Indian Civil Veterinary Department memoirs
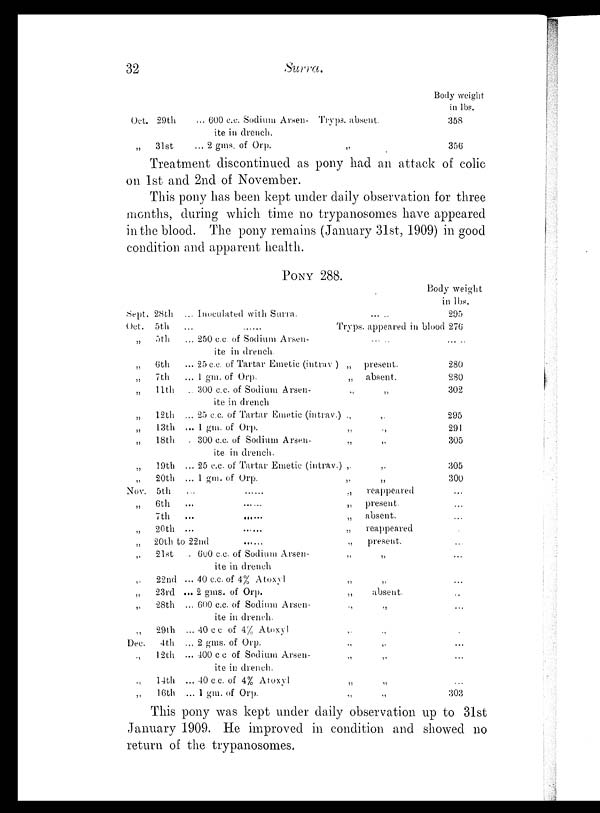
32
Surra.
Oct. 29th
„
31st
... 600 c.c. Sodium Arsen-
ite in drench.
... 2 gms. of Orp.
Tryps. absent.
Body weight-
in lbs.
358
356
Treatment discontinued as pony had an attack of colic
on 1st and 2nd of November.
This pony has been kept under daily observation for three
months, during which time no trypanosomes have appeared
in the blood. The pony remains (January 31st, 1909) in good
condition and apparent health.
PONY 288.
Sept. 28th
Oct. 5th
„
5th
„
6th
„
7th
„
11th
„
12th
„
13th
„ 18th
„
19th
„
20th
Nov. 5th
„ 6th
7th
„
20th
„
20th
„
21st
„
22nd
„
23rd
„
28th
„ 29th
Dec.
4th
„ 12th
„
14th
„
16th
... Inoculated with Surra. .....
Body weight
in lbs.
295
... ...... Tryps. appeared in blood 276
... 250 c.c. of Sodium Arsen- .....
ite in drench
... 25 c.c. of Tartar Emetic (intrav ) „
present.
... 1 gm. of Orp.
„
absent.
.. 300 c.c. of Sodium Arsen-
„
„
ite in drench
... 25 c.c. of Tartar Emetic (intrav.)
„
„
... 1 gm. of Orp.
„
„
. 300 c.c. of Sodium Arsen-
„
„
ite in drench.
... 25 c.c. of Tartar Emetic (intrav.)
„
„
... 1 gm. of Orp.
„
„
... ...... „
reappeared
... ...... „ present
...
......
„
absent.
... ...... „
reappeared
22nd
......
„
present.
.. 600 c.c. of Sodium Arsen-
„
„
ite in drench
... 40 c.c. of 4% Atoxyl
„
„
... 2 gms. of Orp.
„
absent.
... 600 c.c. of Sodium Arsen-
„
„
ite in drench.
... 40 c.c. of 4% Atoxyl
„
„
... 2 gms. of Orp.
„
„
... 400 c.c. of Sodium Arsen-
„
„
ite in drench.
... 40 c.c. of 4% Atoxyl
„
„
... 1 gm. of Orp.
„
„
.....
280
280
302
295
291
305
305
300
...
...
...
...
...
...
...
...
...
...
...
...
...
303
This pony was kept under daily observation up to 31st
January 1909. He improved in condition and showed no
return of the trypanosomes.